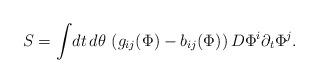
LaTeX: \begin{align*} S = \int \! dt \, d\theta \, \left(g_{ij} (\Phi) - b_{ij} (\Phi)\right) D\Phi^i\partial_t \Phi^j.\end{align*}